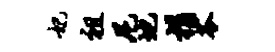
妃祖尼地捐苓